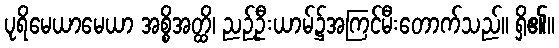
ပုရိမေယာမေယာ အစ္စိအတ္ထိ၊ ညဉ့်ဦးယာမ်၌အကြင်မီးတောက်သည်။ ရှိ၏။